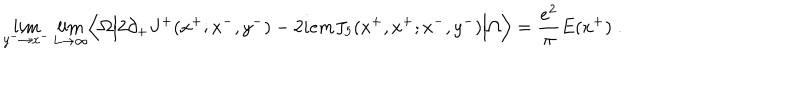
LaTeX: \lim _ { y ^ { - } \rightarrow x ^ { - } } \lim _ { L \rightarrow \infty } \Bigl \langle \Omega \Bigl \vert 2 \partial _ { + } J ^ { + } ( x ^ { + } ; x ^ { - } , y ^ { - } ) - 2 i e m J _ { 5 } ( x ^ { + } , x ^ { + } ; x ^ { - } , y ^ { - } ) \Bigr \vert \Omega \Bigr \rangle = { \frac { e ^ { 2 } } { \pi } } E ( x ^ { + } ) \; .